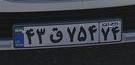
۴۳ق۷۵۴۷۴